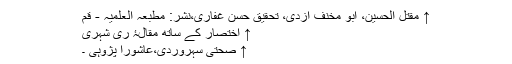
↑ مقتل الحسین، ابو مخنف ازدی، تحقیق حسن غفاری،نشر: مطبعہ العلميہ - قم
↑ اختصار کے ساتھ مقالۂ ری شہری
↑ صحتی سہروردی،عاشورا پژوہی ۔